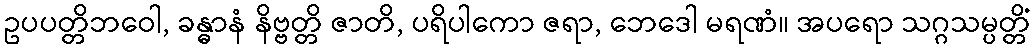
ဥပပတ္တိဘဝေါ, ခန္ဓာနံ နိဗ္ဗတ္တိ ဇာတိ, ပရိပါကော ဇရာ, ဘေဒေါ မရဏံ။ အပရော သဂ္ဂသမ္ပတ္တိံ